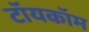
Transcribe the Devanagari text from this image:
टॉयकॉम